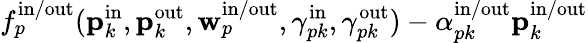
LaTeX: f_{p}^{\mathrm{in}/\mathrm{out}}(\mathbf{p}_{k}^{\mathrm{in}},\mathbf{p}_{k}^{\mathrm{out}},\mathbf{w}_{p}^{\mathrm{in}/\mathrm{out}},\gamma_{pk}^{\mathrm{in}},\gamma_{pk}^{\mathrm{out}})-\alpha_{pk}^{\mathrm{in}/\mathrm{out}}\mathbf{p}_{k}^{\mathrm{in}/\mathrm{out}}